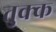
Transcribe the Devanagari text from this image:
तुक्क